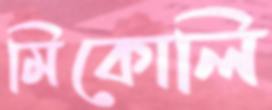
মিকোলি